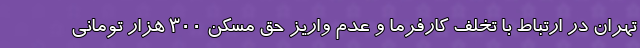
تهران در ارتباط با تخلف کارفرما و عدم واریز حق مسکن ۳۰۰ هزار تومانی